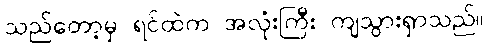
သည်တော့မှ ရင်ထဲက အလုံးကြီး ကျသွားရှာသည်။